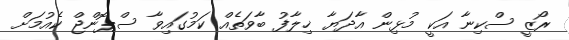
ރޯޒީ ސްކިނާ އަކީ މުޅިން އާދަޔާ ޚިލާފު ބާވަތެއް ކަމުގައިވާ ސްޕޮންޖް ކެއުމަށް